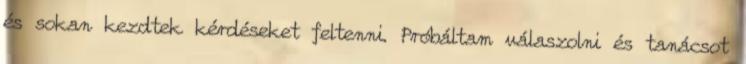
és sokan kezdtek kérdéseket feltenni. Próbáltam válaszolni és tanácsot